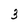
Character: 3